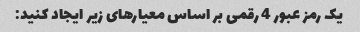
یک رمز عبور 4 رقمی بر اساس معیارهای زیر ایجاد کنید: